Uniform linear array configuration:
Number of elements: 64
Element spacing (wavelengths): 0.25
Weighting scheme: cosine
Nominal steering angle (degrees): -15
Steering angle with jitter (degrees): -15.993
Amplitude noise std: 0.05
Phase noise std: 0.05

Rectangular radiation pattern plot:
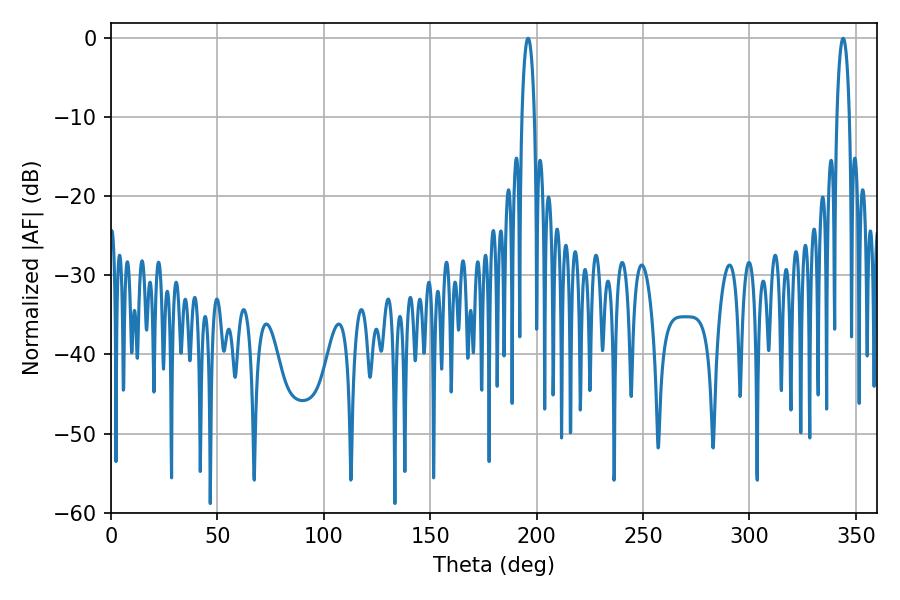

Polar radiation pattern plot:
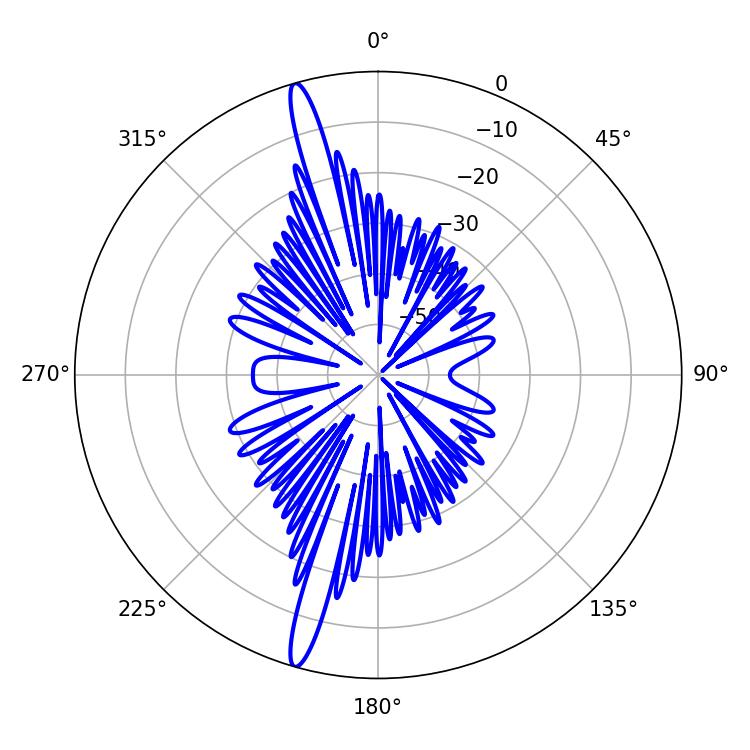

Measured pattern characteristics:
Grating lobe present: FALSE
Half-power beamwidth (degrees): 3.24
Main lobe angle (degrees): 343.98